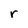
Character: r